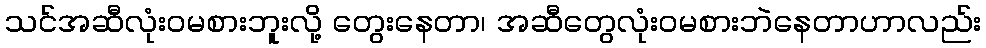
သင်အဆီလုံးဝမစားဘူးလို့ တွေးနေတာ၊ အဆီတွေလုံးဝမစားဘဲနေတာဟာလည်း